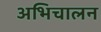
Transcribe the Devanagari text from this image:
अभिचालन